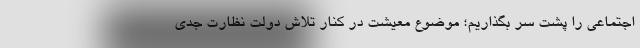
اجتماعی را پشت سر بگذاریم؛ موضوع معیشت در کنار تلاش دولت نظارت جدی